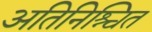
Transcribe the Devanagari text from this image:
अतिनिश्चित